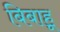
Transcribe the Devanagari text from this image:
बिबाहू